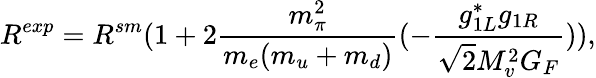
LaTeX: R^{exp}=R^{sm}(1+2{\frac{m_{\pi}^{2}}{m_{e}(m_{u}+m_{d})}}(-{\frac{g_{1L}^{*}g_{1R}}{{\sqrt 2}M_{v}^{2}G_{F}}})),